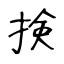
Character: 𢮦